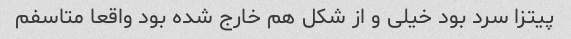
پیتزا سرد بود خیلی و از شکل هم خارج شده بود واقعا متاسفم